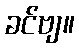
ခင်ဗျ။